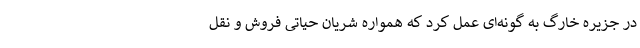
در جزیره خارگ به گونه‌ای عمل کرد که همواره شریان حیاتی فروش و نقل